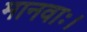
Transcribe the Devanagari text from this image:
मानवाः।